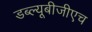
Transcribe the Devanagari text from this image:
डब्ल्यूबीजीएच